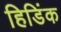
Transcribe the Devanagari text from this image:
हिडिंक